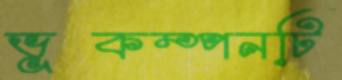
ভূকম্পনটি